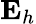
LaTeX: \textbf{E}_{h}